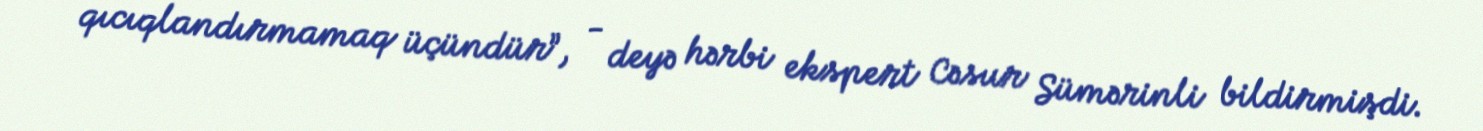
qıcıqlandırmamaq üçündür”, - deyə hərbi ekspert Cəsur Sümərinli bildirmişdi.